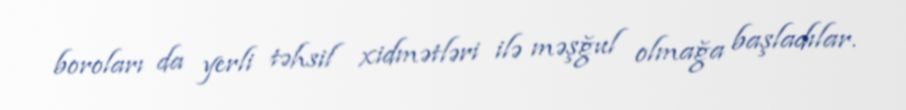
boroları da yerli təhsil xidmətləri ilə məşğul olmağa başladılar.